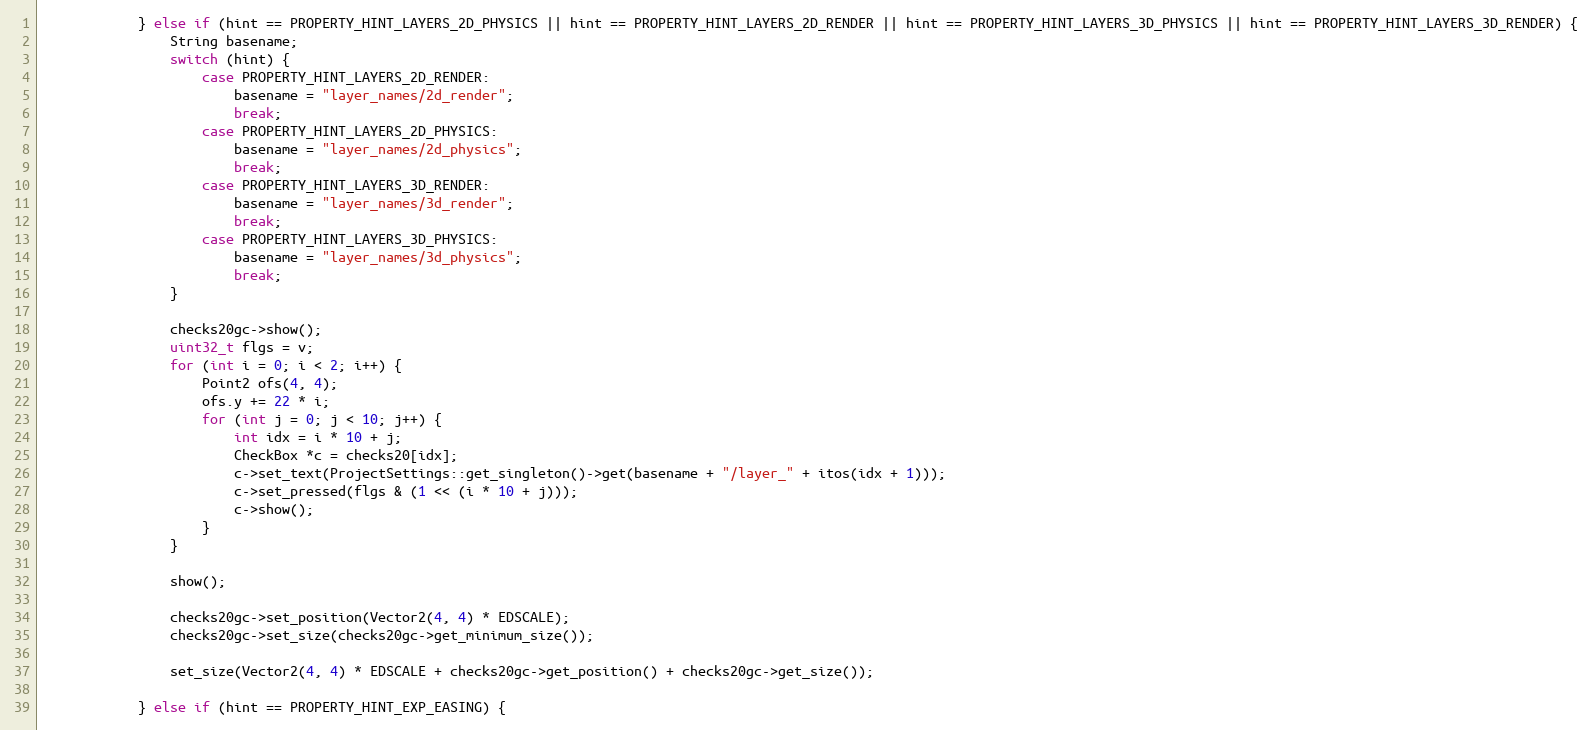
Language: C++
			} else if (hint == PROPERTY_HINT_LAYERS_2D_PHYSICS || hint == PROPERTY_HINT_LAYERS_2D_RENDER || hint == PROPERTY_HINT_LAYERS_3D_PHYSICS || hint == PROPERTY_HINT_LAYERS_3D_RENDER) {
				String basename;
				switch (hint) {
					case PROPERTY_HINT_LAYERS_2D_RENDER:
						basename = "layer_names/2d_render";
						break;
					case PROPERTY_HINT_LAYERS_2D_PHYSICS:
						basename = "layer_names/2d_physics";
						break;
					case PROPERTY_HINT_LAYERS_3D_RENDER:
						basename = "layer_names/3d_render";
						break;
					case PROPERTY_HINT_LAYERS_3D_PHYSICS:
						basename = "layer_names/3d_physics";
						break;
				}

				checks20gc->show();
				uint32_t flgs = v;
				for (int i = 0; i < 2; i++) {
					Point2 ofs(4, 4);
					ofs.y += 22 * i;
					for (int j = 0; j < 10; j++) {
						int idx = i * 10 + j;
						CheckBox *c = checks20[idx];
						c->set_text(ProjectSettings::get_singleton()->get(basename + "/layer_" + itos(idx + 1)));
						c->set_pressed(flgs & (1 << (i * 10 + j)));
						c->show();
					}
				}

				show();

				checks20gc->set_position(Vector2(4, 4) * EDSCALE);
				checks20gc->set_size(checks20gc->get_minimum_size());

				set_size(Vector2(4, 4) * EDSCALE + checks20gc->get_position() + checks20gc->get_size());

			} else if (hint == PROPERTY_HINT_EXP_EASING) {